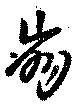
崩